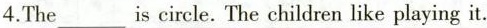
4.The___is circle. The children like playing it.